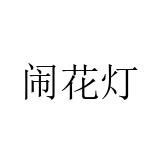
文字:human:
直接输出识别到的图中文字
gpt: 闹花灯